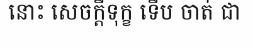
នោះ សេចក្តីទុក្ខ ទើប ចាត់ ជា